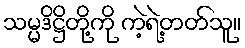
သမ္မဒိဋ္ဌိတို့ကို ကဲ့ရဲ့တတ်သူ။